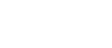
မဟာရဟမှိ